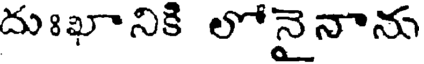
దుఃఖానికి లోనైనాను